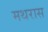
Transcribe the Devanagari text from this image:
मथरास